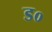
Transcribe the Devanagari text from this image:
ड०